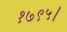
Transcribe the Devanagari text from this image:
१७९५।